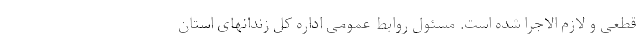
قطعی و لازم الاجرا شده است. مسئول روابط عمومی اداره کل زندانهای استان